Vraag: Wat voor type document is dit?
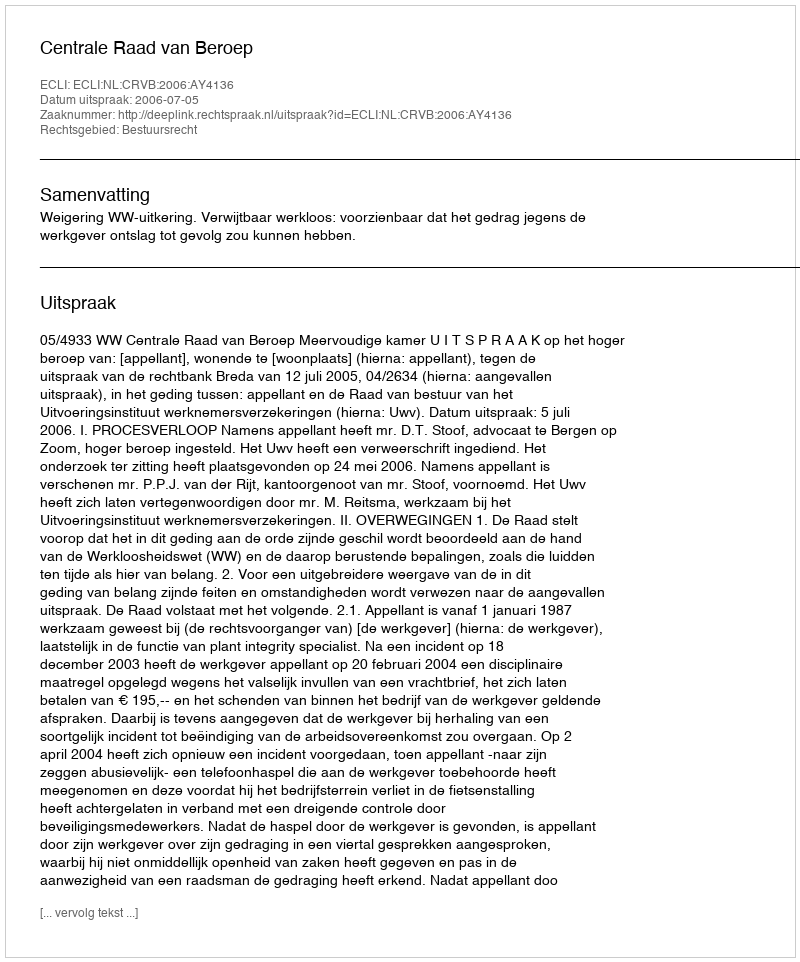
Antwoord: Uitspraak